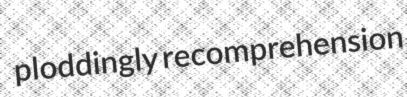
ploddingly recomprehension